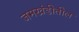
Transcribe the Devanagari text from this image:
जमखंडीतील